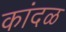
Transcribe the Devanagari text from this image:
कांदळ